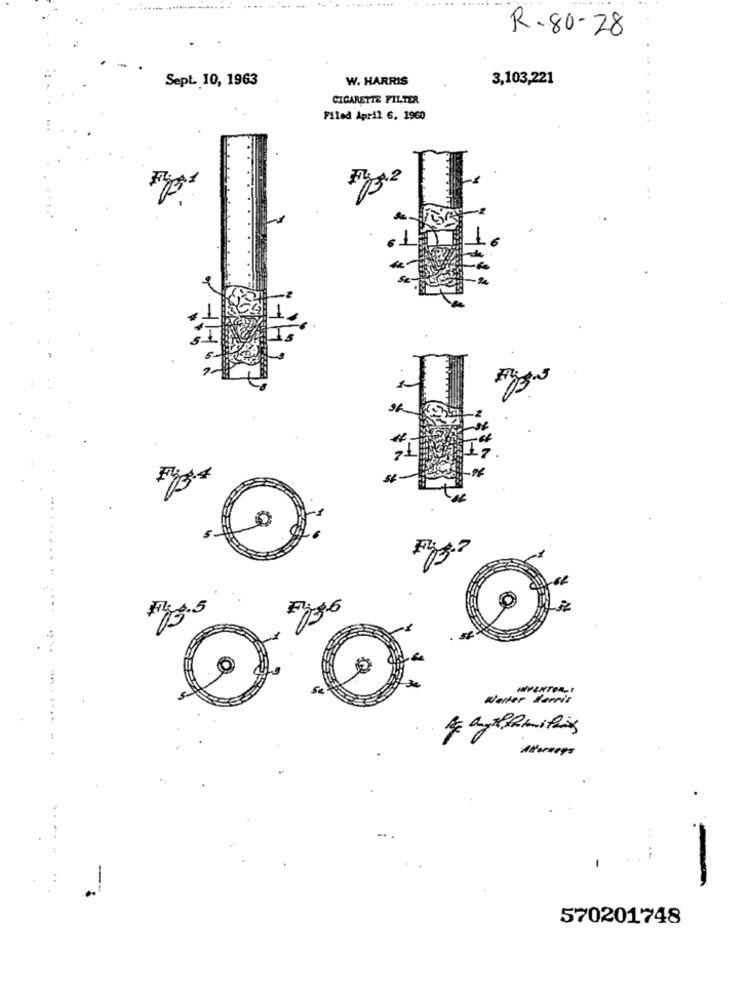
.... ....
....
R-80-28
Sept. 10, 1963
W. HARRIS
3,103,221
CIGARETTE FILTER
Filed April 6, 1960
12
30
INVENTOR:
Weiter Barris
....
Always
..
1
570201748